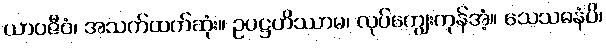
ယာဝဇီဝံ၊ အသက်ထက်ဆုံး။ ဥပဋ္ဌဟိဿာမ၊ လုပ်ကျွေးကုန်အံ့။ သေသဓနံပိ၊